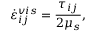
\dot { \varepsilon } _ { i j } ^ { v i s } = \frac { \tau _ { i j } } { 2 \mu _ { s } } ,